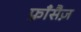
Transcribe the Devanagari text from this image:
फ़्राँसैज़